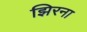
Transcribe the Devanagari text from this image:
झिरना